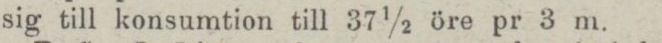
sig till konsumtion till 37 1/2 öre pr 3 m.